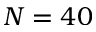
N = 4 0